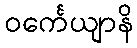
ဝင်္ကေယျာနိ